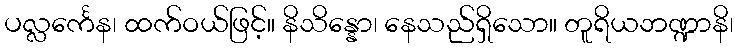
ပလ္လင်္ကေန၊ ထက်ဝယ်ဖြင့်။ နိသိန္နော၊ နေသည်ရှိသော။ တူရိယဘဏ္ဍာနိ၊